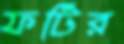
ফটির